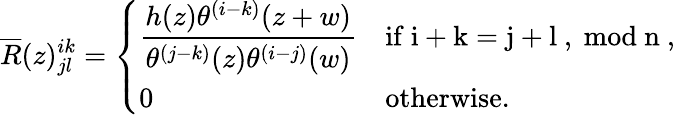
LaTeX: \overline{{{R}}}(z)_{jl}^{ik}=\left\{ \begin{array}{ll}{{\displaystyle\frac{h(z)\theta^{(i-k)}(z+w)}{\theta^{(j-k)}(z)\theta^{(i-j)}(w)}}}&{{\mathrm{if~i+k=j+l~,~mod~n~,}}}\\ {{0}}&{{\mathrm{otherwise.}}}\end{array}\right.